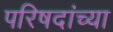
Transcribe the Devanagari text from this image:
परिषदांच्या